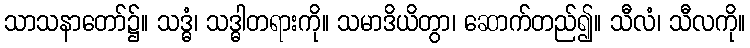
သာသနာတော်၌။ သဒ္ဓံ၊ သဒ္ဓါတရားကို။ သမာဒိယိတွာ၊ ဆောက်တည်၍။ သီလံ၊ သီလကို။